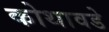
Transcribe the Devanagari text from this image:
कोथावडे